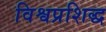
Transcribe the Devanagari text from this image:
विश्वप्रशिद्ध